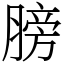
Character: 膀